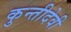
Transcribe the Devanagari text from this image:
कुन्तीदेवी